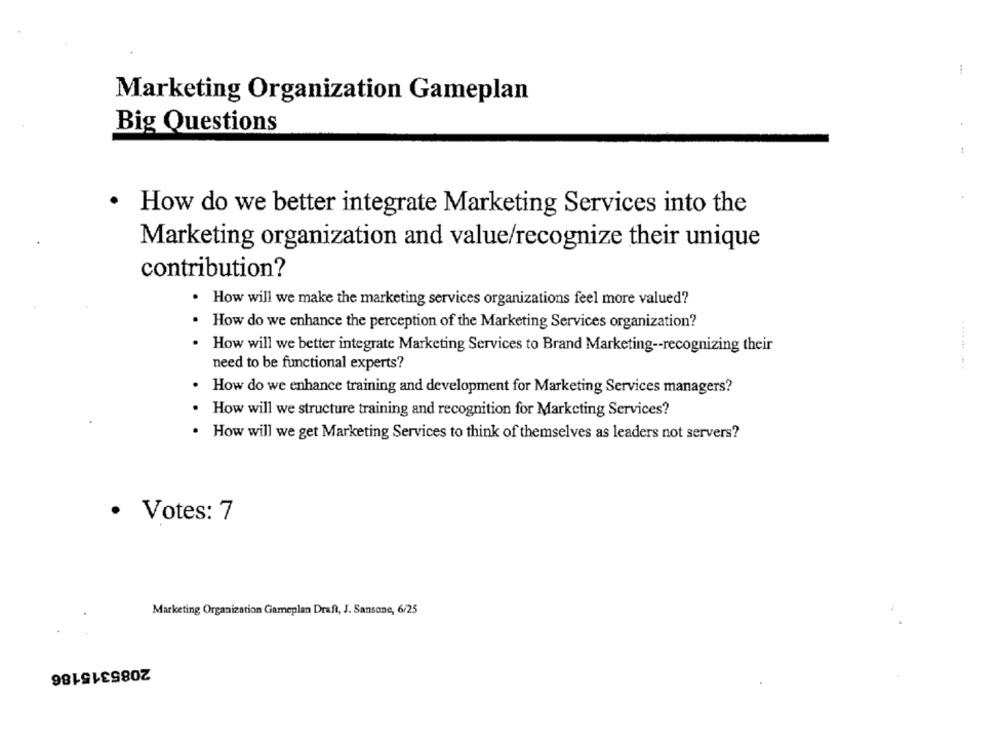
Marketing Organization Gameplan
Big Questions
.
How do we better integrate Marketing Services into the
Marketing organization and value/recognize their unique
contribution?
· How will we make the marketing services organizations feel more valued?
. How do we enhance the perception of the Marketing Services organization?
. How will we better integrate Marketing Services to Brand Marketing -- recognizing their
need to be functional experts?
How do we enhance training and development for Marketing Services managers?
How will we structure training and recognition for Marketing Services?
. How will we get Marketing Services to think of themselves as leaders not servers?
· Votes: 7
Marketing Organization Gameplan Draft, J. Sansone, 6/25
.
2085315186